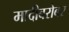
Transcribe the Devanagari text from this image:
मादीबरोबर